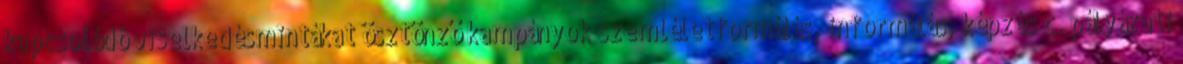
kapcsolódó viselkedésmintákat ösztönző kampányok szemléletformálás, informálás, képzés c. pályázati